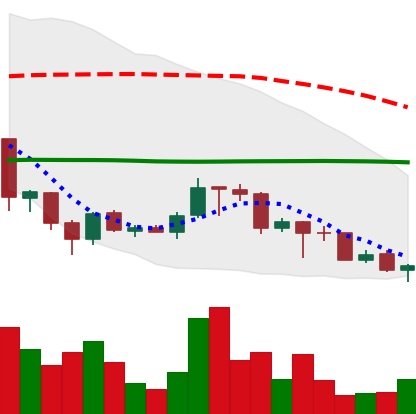
Ticker: TRX-USD
Chart end date: 2018-06-29
Forward return: 4.453%
Label: up_3_5